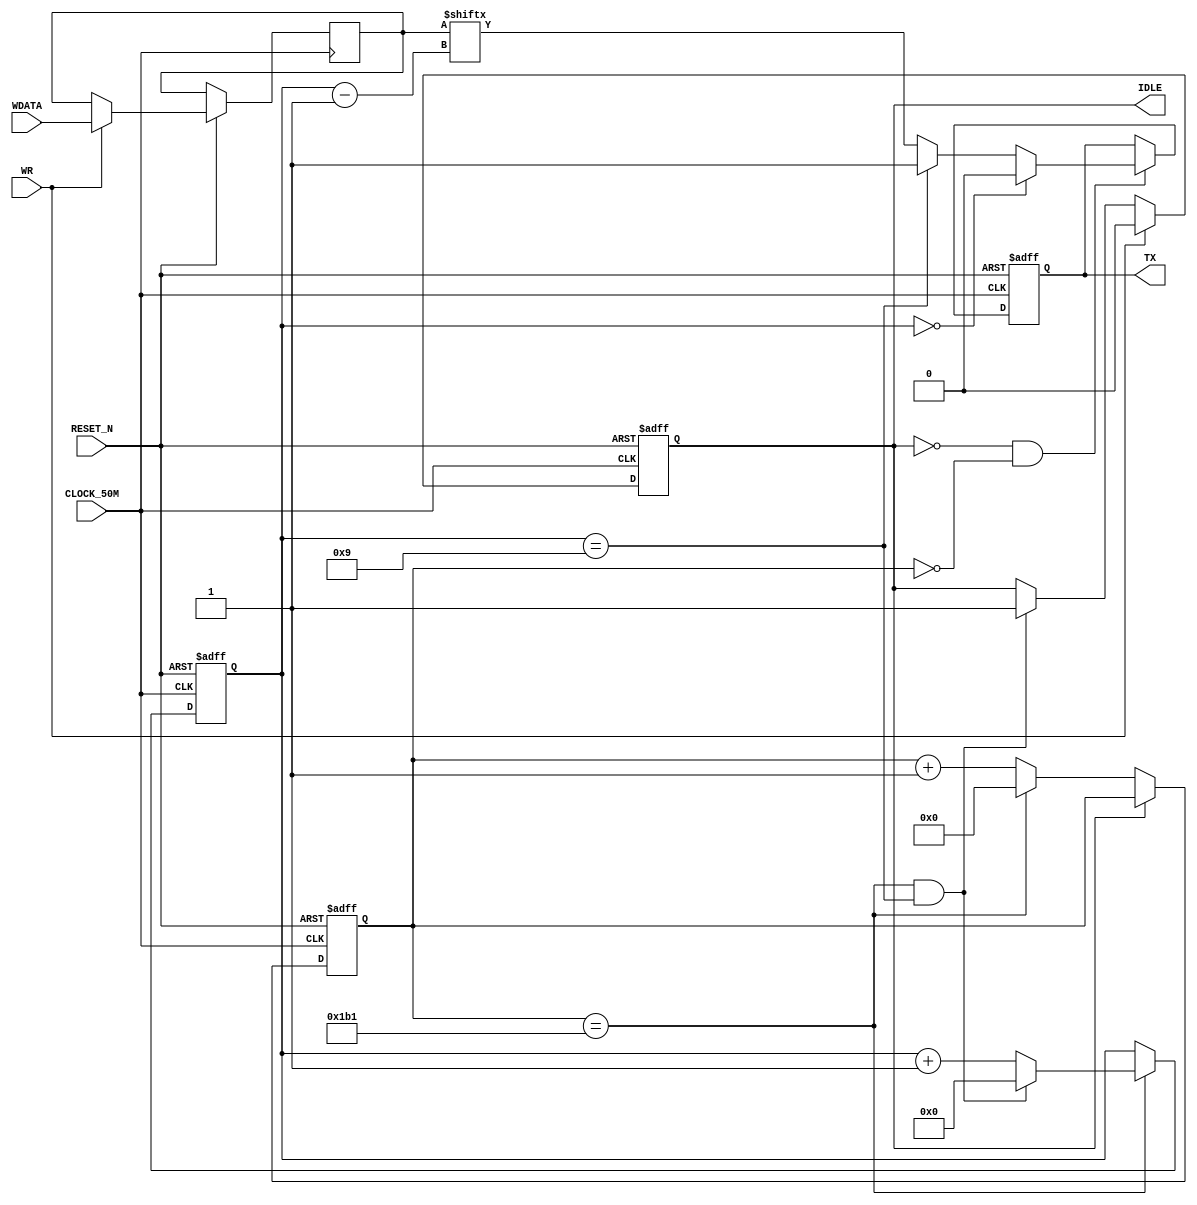

/*
 * addr   : whu.edu.ionosphereLab
 */

// https://www.cnblogs.com/qingkai/p/7729621.html
// 50MHz115200ready
// T : 2x10^-8

module UART_TX #(parameter BAUDRATE = 115200, parameter FREQ = 50_000_000)(
input               CLOCK_50M,
input               RESET_N,
input               WR,
input       [7:0]   WDATA,
output reg          TX,
output reg          IDLE
);

localparam T = FREQ / BAUDRATE;


reg         [7:0]   DATA;
reg         [3:0]   cnt_bit;
reg         [31:0]  cnt_clk;
wire                end_cnt_clk;
wire                end_cnt_bit;


assign end_cnt_clk = cnt_clk == T - 1;
assign end_cnt_bit = end_cnt_clk && cnt_bit == 10 - 1;


// IDLE
always @(posedge CLOCK_50M or negedge RESET_N) begin
    if(!RESET_N)
        IDLE <= 1;
    else if(WR) begin
	    DATA <= WDATA;
        IDLE <= 0;
    end else if(end_cnt_bit)
        IDLE <= 1;
end

// cnt_clkcnt_bit1810
always @(posedge CLOCK_50M or negedge RESET_N) begin
    if(!RESET_N)
        cnt_clk <= 0;
    else if(IDLE == 0) begin
        if(end_cnt_clk)
            cnt_clk <= 0;
        else
            cnt_clk <= cnt_clk + 1;
    end
end

always @(posedge CLOCK_50M or negedge RESET_N) begin
    if(!RESET_N)
        cnt_bit <= 0;
    else if(end_cnt_clk) begin
        if(end_cnt_bit)
            cnt_bit <= 0;
        else
            cnt_bit <= cnt_bit + 1;
    end
end

/*
example: 
send 0x41 <=> 0b0100 0001

 0  1  2  3  4  5  6  7  8  9 

 S  1  0  0  0  0  0  1  0  E 

                         
 0  1  0   0   0   0   0  1  0  1 
         
*/
// 081
always @(posedge CLOCK_50M or negedge RESET_N) begin
    if(!RESET_N)
        TX <= 1;
    else if(IDLE == 0 && cnt_clk == 0) begin
        if(cnt_bit == 0)
            TX <= 0;
        else if(cnt_bit == 9)
            TX <= 1;
        else
            TX <= DATA[cnt_bit - 1];
    end
end

endmodule